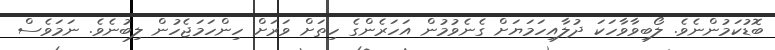
ބޮޑުކަމުންނެވެ. ލޯބިވާވާހަކަ ދުލާއިހަމަޔަށް ގެނެވުމުން އަހަރެންގެ ހިތަށް ވަރަށް ހިންހަމަޖެހުން ލިބުނެވެ. ނަމަވެސް